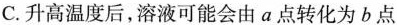
C.升高温度后，溶液可能会由a点转化为b点